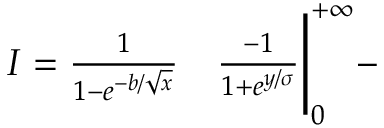
\begin{array} { r l } { I = \frac { 1 } { 1 - e ^ { - b / \sqrt { x } } } } & { { } \frac { - 1 } { 1 + e ^ { y / \sigma } } \Bigg | _ { 0 } ^ { + \infty } - } \end{array}